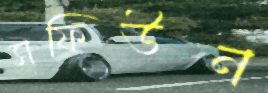
সফিউন